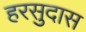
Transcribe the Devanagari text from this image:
हरसुदास